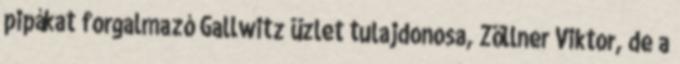
pipákat forgalmazó Gallwitz üzlet tulajdonosa, Zöllner Viktor, de a